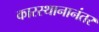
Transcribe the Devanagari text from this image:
कारस्थानानंतर